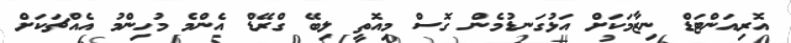
އޮރިއަންޓަޑް ނިޒާމަކަށް އަޅުގަނޑުމެން ގޮސް މިއޮތީ ލިބޭ ގްރޭޑް އެންމެ މުހިންމު އެއްޗަކަށް